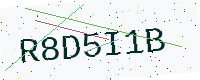
Text: R8D5I1B